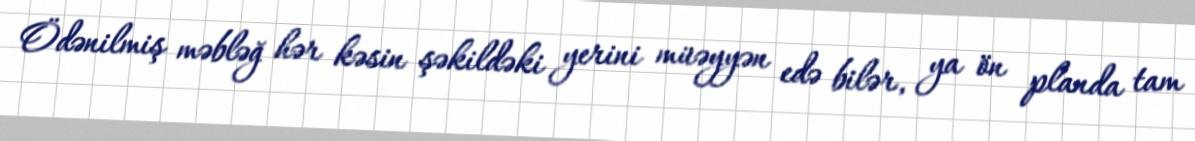
Ödənilmiş məbləğ hər kəsin şəkildəki yerini müəyyən edə bilər, ya ön planda tam